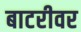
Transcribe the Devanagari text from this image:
बाटरीवर